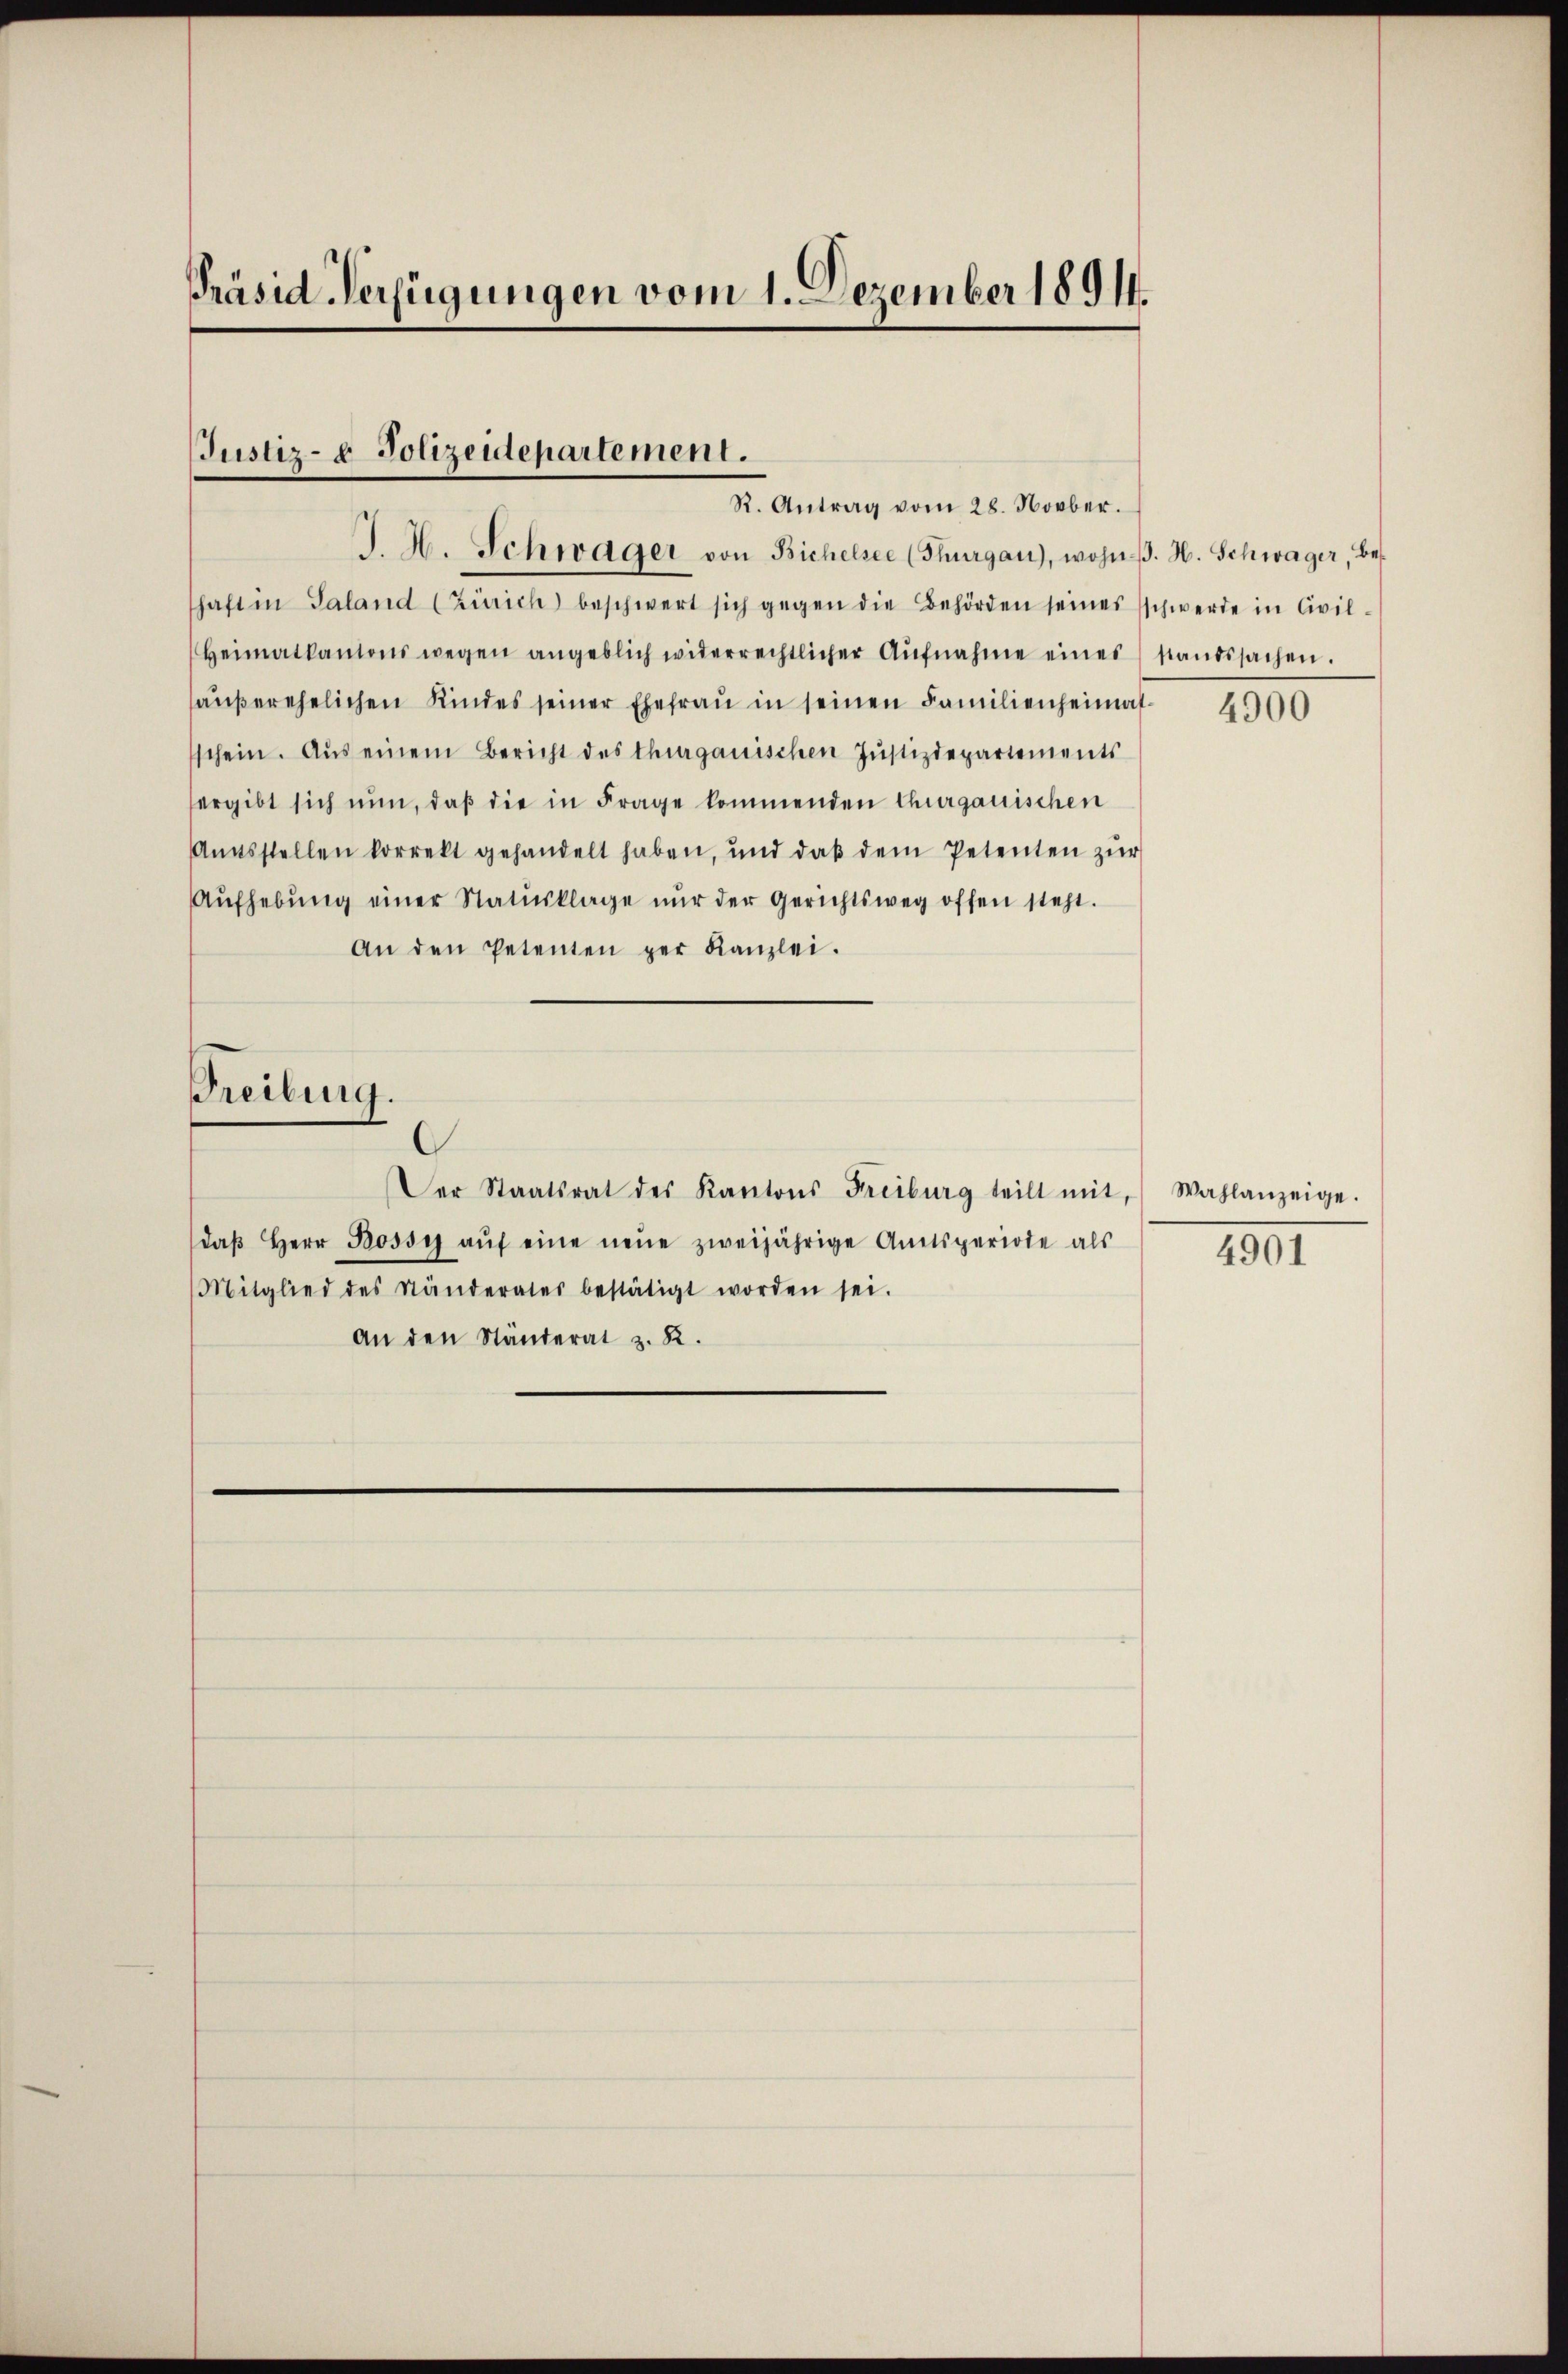
Präsid. Verfügungen vom 1. Dezember 1891.

Justiz- & Polizeidepartement.
R. Antrag vom 28. Novber.

J. H. Schwager von Bichelsee (Thurgau), wohnβ. H. Schwager, bes
haft in Saland (Zürich beschwert sich gegen die Behörden seines schwerde in Civil-
Heimatkantons wegen angeblich widerrechtlicher Aŭfnahme eines standssachen.
haŭβerehelichen Kindes seiner Ehefraŭ in seinen Familienheimatschein. Aus einem Bericht des Thurgauischen Jŭstizdepartements
ergibt sich nŭn, daβ die in Frage kommenden Churgauischen
Amtsstellen korrekt gehandelt haben, und daβ dem Petenten zŭr
Aŭfhebŭng einer Statusklage nŭr der Gerichtsweg offen steht.
An den Petenten per Kanzlei.
Freiburg.
Der Staatsrat des Kantons Freiburg teilt mit, Wahlanzeige.
daβ Herr Bossi aŭf eine neŭe zweijährige Amtsperiode als
Mitglied des Ständerates bestätigt worden sei.
An den Ständerat z. R.

4900

4901